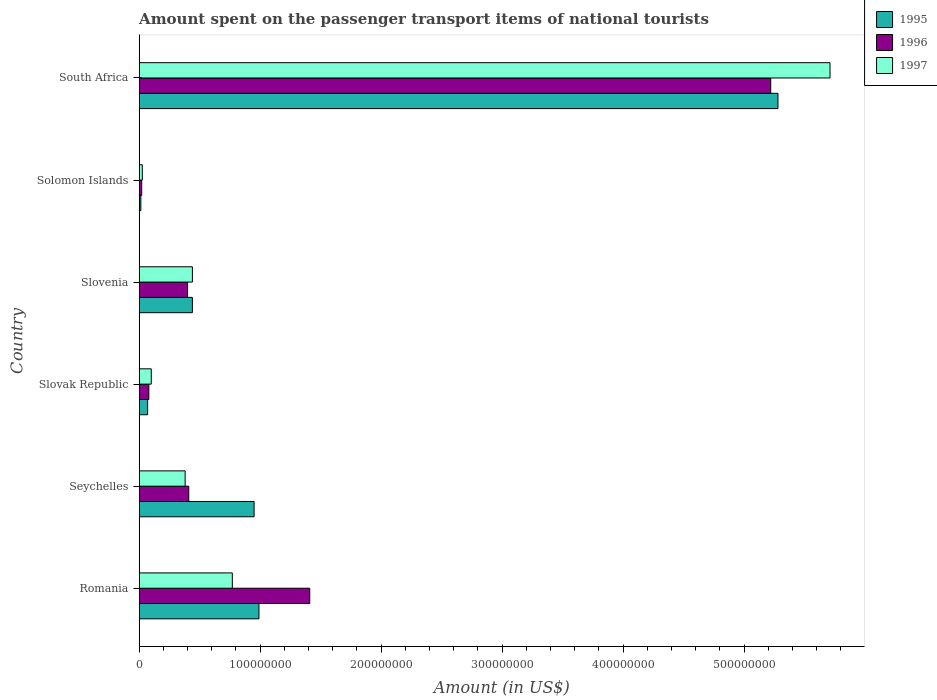
| Country | 1995 | 1996 | 1997 |
 | --- | --- | --- | --- |
 | Romania | 9.9e+07 | 1.41e+08 | 7.7e+07 |
 | Seychelles | 9.5e+07 | 4.1e+07 | 3.8e+07 |
 | Slovak Republic | 7e+06 | 8e+06 | 1e+07 |
 | Slovenia | 4.4e+07 | 4e+07 | 4.4e+07 |
 | Solomon Islands | 1.4e+06 | 2.1e+06 | 2.6e+06 |
 | South Africa | 5.28e+08 | 5.22e+08 | 5.71e+08 |